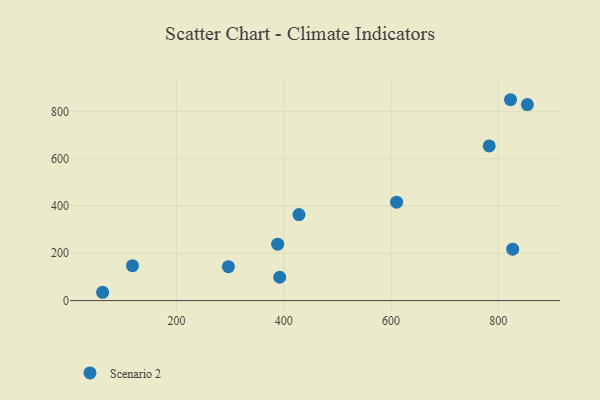
{"axis": {"x": "Investment", "y": "Rating"}, "legend": ["Scenario 2"], "data": [{"x": "823.0", "y": 849.1, "type": "Scenario 2"}, {"x": "388.8", "y": 238.5, "type": "Scenario 2"}, {"x": "118.1", "y": 147.8, "type": "Scenario 2"}, {"x": "392.6", "y": 98.7, "type": "Scenario 2"}, {"x": "854.4", "y": 828.4, "type": "Scenario 2"}, {"x": "62.4", "y": 35.2, "type": "Scenario 2"}, {"x": "827.0", "y": 217.2, "type": "Scenario 2"}, {"x": "783.2", "y": 654.0, "type": "Scenario 2"}, {"x": "428.5", "y": 363.7, "type": "Scenario 2"}, {"x": "610.6", "y": 415.9, "type": "Scenario 2"}, {"x": "296.9", "y": 143.3, "type": "Scenario 2"}]}